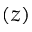
( z )